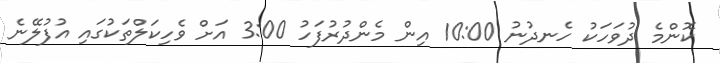
ކޮންމެ ދުވަހަކު ހެނދުނު 10:00 އިން މެންދުރުފަހު 3:00 އަށް ވެހިކަލްތަކުގައި އުފުލޭނެ